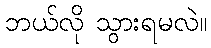
ဘယ်လို သွားရမလဲ။